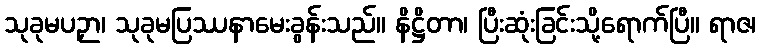
သုခုမပဉှာ၊ သုခုမပြဿနာမေးခွန်းသည်။ နိဋ္ဌိတာ၊ ပြီးဆုံးခြင်းသို့ရောက်ပြီ။ ရာဇ၊